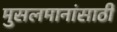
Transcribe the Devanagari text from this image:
मुसलमानांसाठी